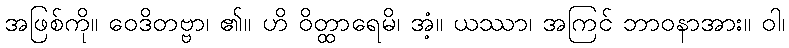
အဖြစ်ကို။ ဝေဒိတဗ္ဗာ၊ ၏။ ဟိ ဝိတ္ထာရေမိ၊ အံ့။ ယဿာ၊ အကြင် ဘာဝနာအား။ ဝါ၊